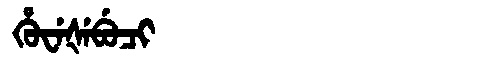
Manchu: ᡥᡠᠸᡝᡧᡝᠪᡠᠴᡳ
Romanization: HUWEŠEBUCI